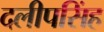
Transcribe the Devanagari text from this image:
दलीपसिंह